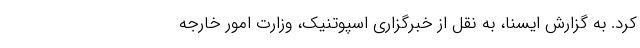
کرد. به گزارش ایسنا، به نقل از خبرگزاری اسپوتنیک، وزارت امور خارجه